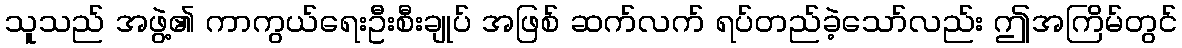
သူသည် အဖွဲ့၏ ကာကွယ်ရေးဦးစီးချုပ် အဖြစ် ဆက်လက် ရပ်တည်ခဲ့သော်လည်း ဤအကြိမ်တွင်